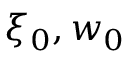
\xi _ { 0 } , w _ { 0 }